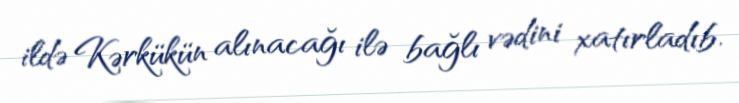
ildə Kərkükün alınacağı ilə bağlı vədini xatırladıb.